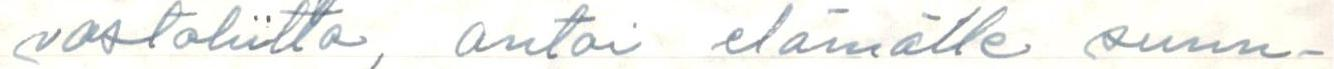
vostoliitto, antoi elämälle suun-